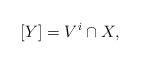
LaTeX: \begin{align*}[Y]=V^i\cap X,\end{align*}